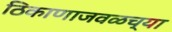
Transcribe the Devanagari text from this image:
ठिकाणाजवळच्या